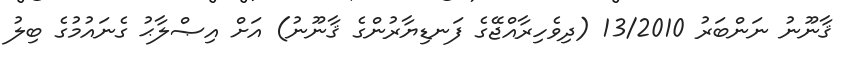
ޤާނޫނު ނަންބަރު 13/2010 (ދިވެހިރާއްޖޭގެ ފަނޑިޔާރުންގެ ޤާނޫނު) އަށް އިޞްލާޙު ގެނައުމުގެ ބިލު